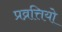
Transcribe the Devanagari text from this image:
प्रव्रत्तियो